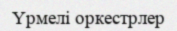
Үрмелі оркестрлер